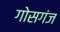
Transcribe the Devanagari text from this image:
गोसगंज